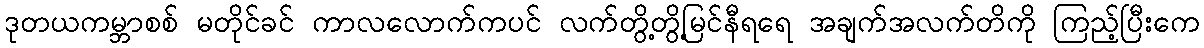
ဒုတယကမ္ဘာစစ် မတိုင်ခင် ကာလလောက်ကပင် လက်တွိ့တွိ့မြင်နီရရေ အချက်အလက်တိကို ကြည့်ပြီးကေ